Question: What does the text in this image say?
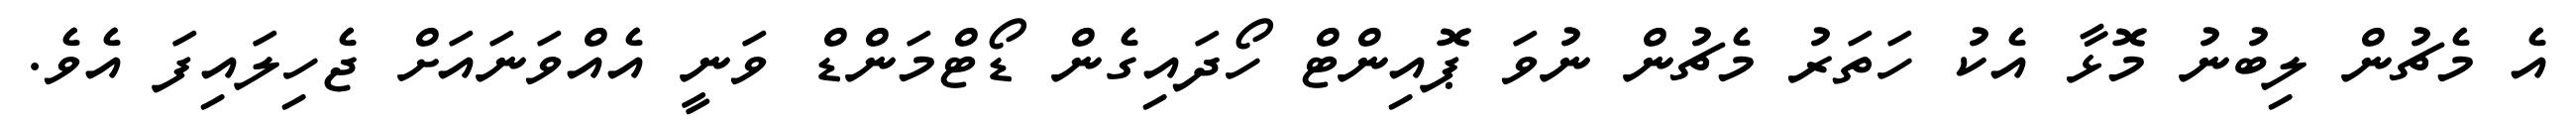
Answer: އެ މެޗުން ލިބުނު މޮޅާ އެކު ހަތަރު މެޗުން ނުވަ ޕޮއިންޓް ހޯދައިގެން ޑޯޓްމަންޑް ވަނީ އެއްވަނައަށް ޖެހިލައިފަ އެވެ.